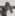
Text: A